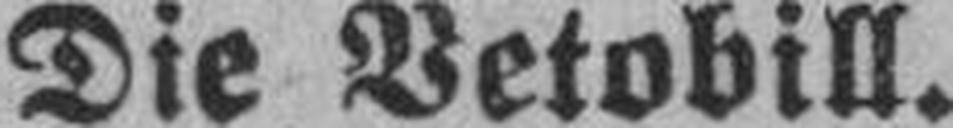
Die Vetobill.